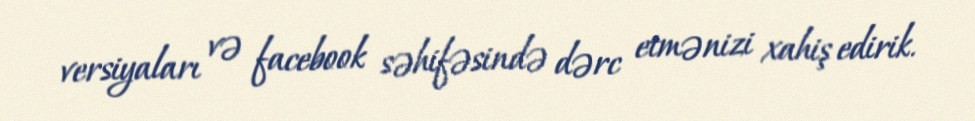
versiyaları və facebook səhifəsində dərc etmənizi xahiş edirik.